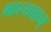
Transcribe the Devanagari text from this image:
माल्यवान्